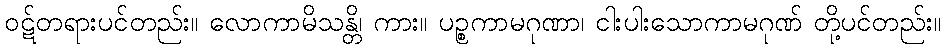
ဝဋ်တရားပင်တည်း။ လောကာမိသန္တိ၊ ကား။ ပဉ္စကာမဂုဏာ၊ ငါးပါးသောကာမဂုဏ် တို့ပင်တည်း။